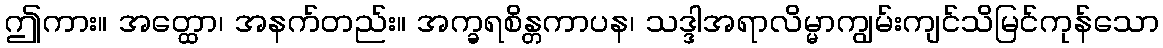
ဤကား။ အတ္ထော၊ အနက်တည်း။ အက္ခရစိန္တကာပန၊ သဒ္ဒါအရာလိမ္မာကျွမ်းကျင်သိမြင်ကုန်သော